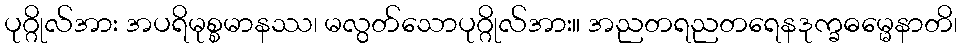
ပုဂ္ဂိုလ်အား အပရိမုစ္စမာနဿ၊ မလွတ်သောပုဂ္ဂိုလ်အား။ အညတရညတရေနဒုက္ခဓမ္မေနာတိ၊